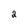
Character: 2